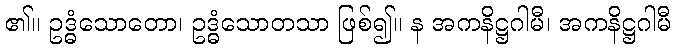
၏။ ဥဒ္ဓံသောတော၊ ဥဒ္ဓံသောတသာ ဖြစ်၍။ န အကနိဋ္ဌဂါမီ၊ အကနိဋ္ဌဂါမီ